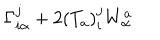
LaTeX: \Gamma _ { i \alpha } ^ { j } + 2 ( T _ { a } ) _ { i } ^ { j } W _ { \alpha } ^ { a }